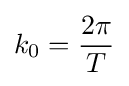
k_{0}={\frac {2\pi }{T}}